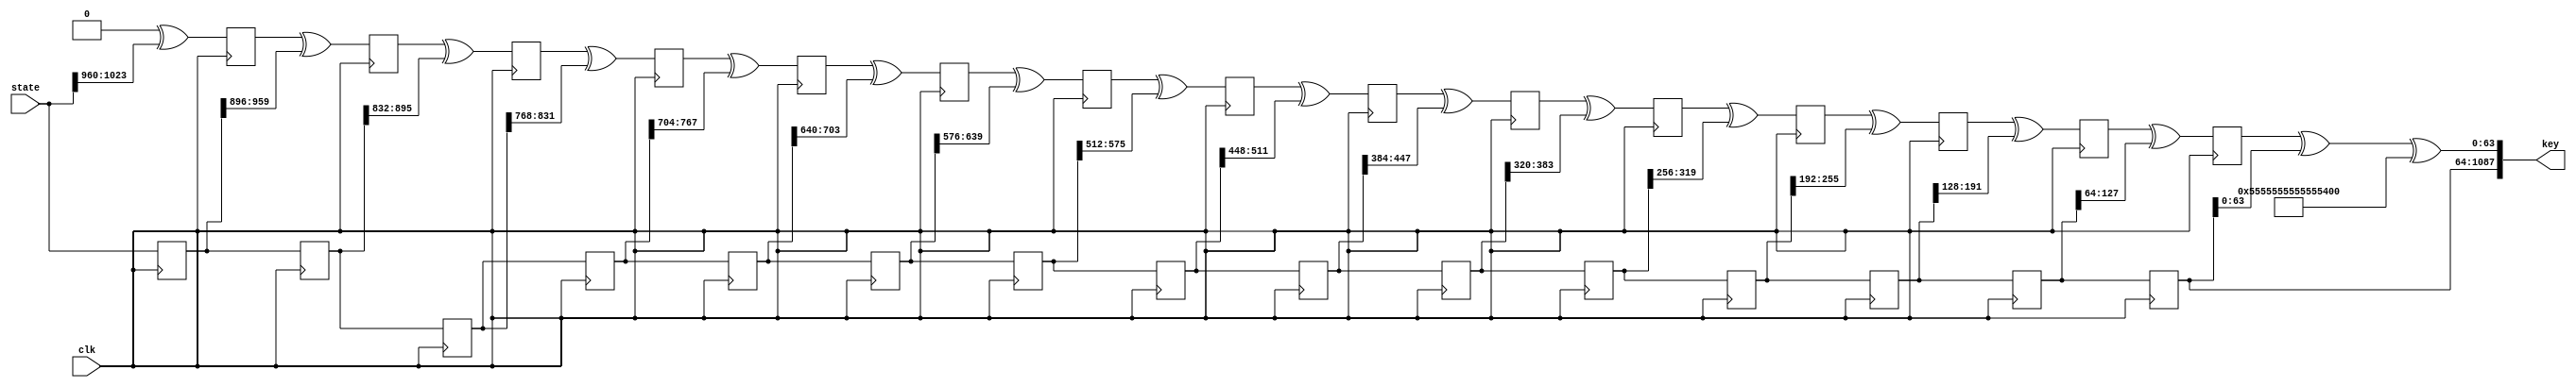
`timescale 1ns / 1ps
//////////////////////////////////////////////////////////////////////////////////
// Company: 
// Engineer: 
// 
// Design Name: 
// Module Name: keystate_new
// Project Name: 
// Target Devices: 
// Tool Versions: 
// Description: 
// 
// Dependencies: 
// 
// Revision:
// Revision 0.01 - File Created
// Additional Comments:
// 
//////////////////////////////////////////////////////////////////////////////////


module keystate_new(clk, state, key);
    input clk;
    input [1023:0] state;
    output [1087:0] key;

    
    reg [63:0] k0 = 64'b0; reg [63:0] k1; reg [63:0] k2; reg [63:0] k3;
    reg [63:0] k4; reg [63:0] k5; reg [63:0] k6; reg [63:0] k7;
    reg [63:0] k8; reg [63:0] k9; reg [63:0] k10; reg [63:0] k11;
    reg [63:0] k12; reg [63:0] k13; reg [63:0] k14; reg [63:0] k15;
    wire [63:0] temp0; wire [63:0] temp1; wire [63:0] temp2; wire [63:0] temp3;
    wire [63:0] temp4; wire [63:0] temp5; wire [63:0] temp6; wire [63:0] temp7;
    wire [63:0] temp8; wire [63:0] temp9; wire [63:0] temp10; wire [63:0] temp11;
    wire [63:0] temp12; wire [63:0] temp13; wire [63:0] temp14; wire [63:0] temp15;
    reg [1023:0] s1; reg [1023:0] s2; reg [1023:0] s3;
    reg [1023:0] s4; reg [1023:0] s5; reg [1023:0] s6; reg [1023:0] s7;
    reg [1023:0] s8; reg [1023:0] s9; reg [1023:0] s10; reg [1023:0] s11;
    reg [1023:0] s12; reg [1023:0] s13; reg [1023:0] s14; reg [1023:0] s15;
    
    
    assign temp0 = k0 ^ state[1023:960];
    assign temp1 = k1 ^ s1[959:896];
    assign temp2 = k2 ^ s2[895:832];
    assign temp3 = k3 ^ s3[831:768];
    assign temp4 = k4 ^ s4[767:704];
    assign temp5 = k5 ^ s5[703:640];
    assign temp6 = k6 ^ s6[639:576];
    assign temp7 = k7 ^ s7[575:512];  
    assign temp8 = k8 ^ s8[511:448];
    assign temp9 = k9 ^ s9[447:384];
    assign temp10 = k10 ^ s10[383:320];
    assign temp11 = k11 ^ s11[319:256];   
    assign temp12 = k12 ^ s12[255:192];
    assign temp13 = k13 ^ s13[191:128];
    assign temp14 = k14 ^ s14[127:64];
    assign temp15 = k15 ^ s15[63:0];
    
    assign key = { s15 , (temp15 ^ 64'h5555555555555555) };
    
    always @ (posedge clk)
		k1 <= temp0;	

    always @ (posedge clk)
		k2 <= temp1;
	  
    always @ (posedge clk)
		k3 <= temp2;	  
		
    always @ (posedge clk)
		k4 <= temp3;
		
	always @ (posedge clk)
		k5 <= temp4;	  
		
    always @ (posedge clk)
		k6 <= temp5;
	  
    always @ (posedge clk)
		k7 <= temp6;	  
		
    always @ (posedge clk)
		k8 <= temp7;
		
	always @ (posedge clk)
		k9 <= temp8;	  
		
    always @ (posedge clk)
		k10 <= temp9;
	  
    always @ (posedge clk)
		k11 <= temp10;	  
		
    always @ (posedge clk)
		k12 <= temp11;
		
	always @ (posedge clk)
		k13 <= temp12;	  
		
    always @ (posedge clk)
		k14 <= temp13;
	  
    always @ (posedge clk)
		k15 <= temp14;	  
		
    always @ (posedge clk)
		s1 <= state;	

    always @ (posedge clk)
		s2 <= s1;
	  
    always @ (posedge clk)
		s3 <= s2;	  
		
    always @ (posedge clk)
		s4 <= s3;
		
	always @ (posedge clk)
		s5 <= s4;	  
		
    always @ (posedge clk)
		s6 <= s5;
	  
    always @ (posedge clk)
		s7 <= s6;	  
		
    always @ (posedge clk)
		s8 <= s7;
		
	always @ (posedge clk)
		s9 <= s8;	  
		
    always @ (posedge clk)
		s10 <= s9;
	  
    always @ (posedge clk)
		s11 <= s10;	  
		
    always @ (posedge clk)
		s12 <= s11;
		
	always @ (posedge clk)
		s13 <= s12;	  
		
    always @ (posedge clk)
		s14 <= s13;
	  
    always @ (posedge clk)
		s15 <= s14;	  
    
endmodule